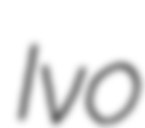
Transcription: Ivo